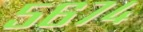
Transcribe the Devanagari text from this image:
५६७४